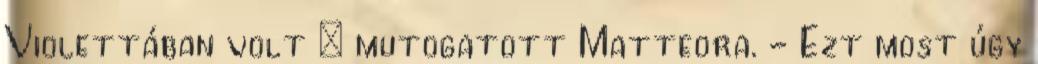
Violettában volt – mutogatott Matteora. - Ezt most úgy